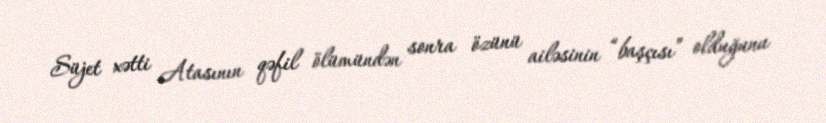
Süjet xətti Atasının qəfil ölümündən sonra özünü ailəsinin “başçısı” olduğunu